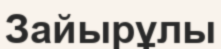
Зайырұлы